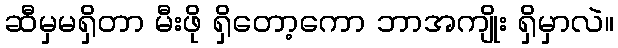
ဆီမှမရှိတာ မီးဖို ရှိတော့ကော ဘာအကျိုး ရှိမှာလဲ။